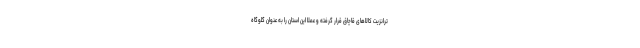
ترانزیت کالاهای قاچاق قرار گرفته و عملاً این استان را به عنوان گلوگاه